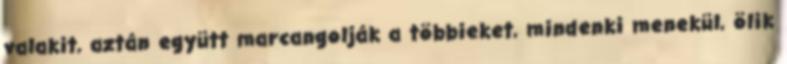
valakit, aztán együtt marcangolják a többieket, mindenki menekül, ölik